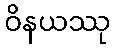
ဝိနယဿု